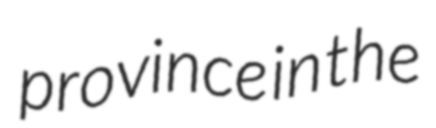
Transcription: province in the